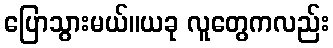
ပြောသွားမယ်။ယခု လူတွေကလည်း